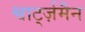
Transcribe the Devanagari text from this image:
श्वार्ट्ज़मैन